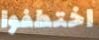
اختطفوا